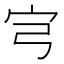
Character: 宆